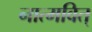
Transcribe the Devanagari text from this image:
नात्मवित्‌